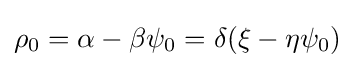
\rho _{0}=\alpha -\beta \psi _{0}=\delta (\xi -\eta \psi _{0})